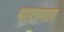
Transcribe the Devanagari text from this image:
पारस्पार